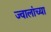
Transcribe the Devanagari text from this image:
ज्वालांच्या